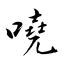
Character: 嘵